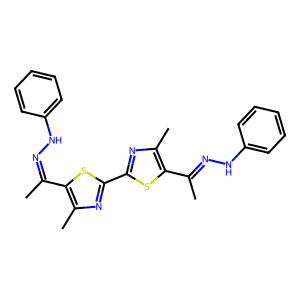
SMILES: CC(=NNc1ccccc1)c1sc(-c2nc(C)c(C(C)=NNc3ccccc3)s2)nc1C
Inhibits HIV replication: No